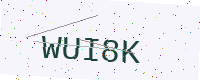
Text: WUI8K